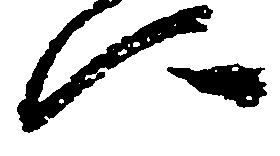
に